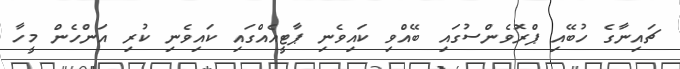
ޗައިނާގެ ހުބޭއި ޕްރޮވެންސުގައި ބޭއްވި ކައިވެނި ޕާޓީއެއްގައި ކައިވެނި ކުރި އަންހެން މީހާ